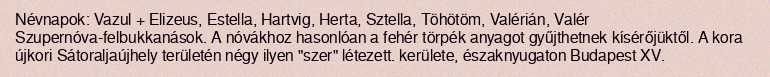
Névnapok: Vazul + Elizeus, Estella, Hartvig, Herta, Sztella, Töhötöm, Valérián, Valér Szupernóva-felbukkanások. A nóvákhoz hasonlóan a fehér törpék anyagot gyűjthetnek kísérőjüktől. A kora újkori Sátoraljaújhely területén négy ilyen "szer" létezett. kerülete, északnyugaton Budapest XV.